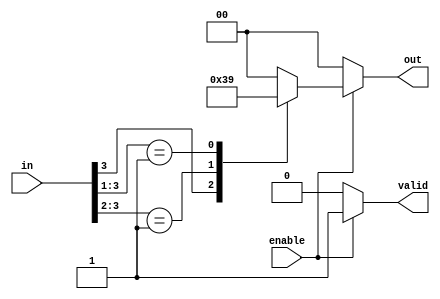
module multilevel_encoder (
    input wire [3:0] in,      // 4 input lines
    input wire enable,         // Enable signal
    output reg [1:0] out,     // 2 output lines
    output reg valid           // Valid signal
);

    always @(*) begin
        if (!enable) begin
            out = 2'b00;       // Output is zero when not enabled
            valid = 1'b0;      // Invalid state
        end else begin
            valid = 1'b1;      // Valid state
            casez (in)         // Casez allows for don't care conditions
                4'b1???: out = 2'b11; // Input 3 is highest
                4'b01??: out = 2'b10; // Input 2 is highest
                4'b001?: out = 2'b01; // Input 1 is highest
                4'b0001: out = 2'b00; // Input 0 is highest
                default: out = 2'b00;  // Default case for invalid input
            endcase
        end
    end

endmodule